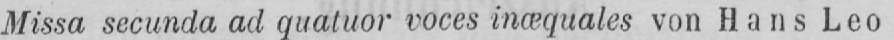
Missa secunda ad quatuor voces inœquales von Hans Leo